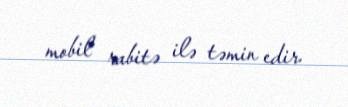
mobil rabitə ilə təmin edir.